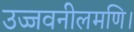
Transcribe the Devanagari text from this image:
उज्जवनीलमणि।